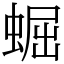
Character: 𧌑